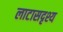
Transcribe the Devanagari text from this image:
लाटासदृश्य